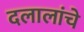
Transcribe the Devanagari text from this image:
दलालांचे